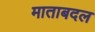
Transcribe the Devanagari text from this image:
माताबदल